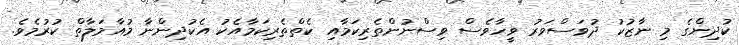
ކުދިންގެ މި ނާޒުކު ދުވަސްވަރު ވީހާވެސް ވިސްނުންތެރިކަމާއި ކެތްތެރިކަމާއެކު އެކުދިންނާ މުއާމަލާތް ކުރުމެވެ.